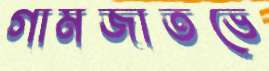
গামজাতভে